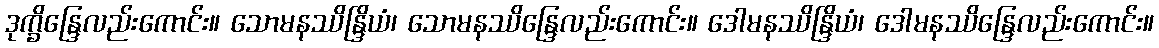
ဒုက္ခိန္ဒြေလည်းကောင်း။ သောမနဿိန္ဒြိယံ၊ သောမနဿိန္ဒြေလည်းကောင်း။ ဒေါမနဿိန္ဒြိယံ၊ ဒေါမနဿိန္ဒြေလည်းကောင်း။